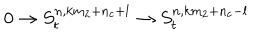
0 \rightarrow S _ { t } ^ { n , k m _ { 2 } + n _ { c } + l } \rightarrow S _ { t } ^ { n , k m _ { 2 } + n _ { c } - l }